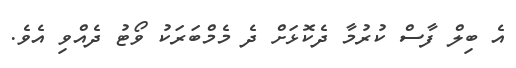
އެ ބިލް ފާސް ކުރުމާ ދެކޮޅަށް ދެ މެމްބަރަކު ވޯޓު ދެއްވި އެވެ.